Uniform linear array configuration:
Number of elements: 12
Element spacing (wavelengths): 0.5
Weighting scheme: cosine
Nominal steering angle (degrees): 60
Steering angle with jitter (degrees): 59.692
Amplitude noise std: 0.05
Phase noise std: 0.05

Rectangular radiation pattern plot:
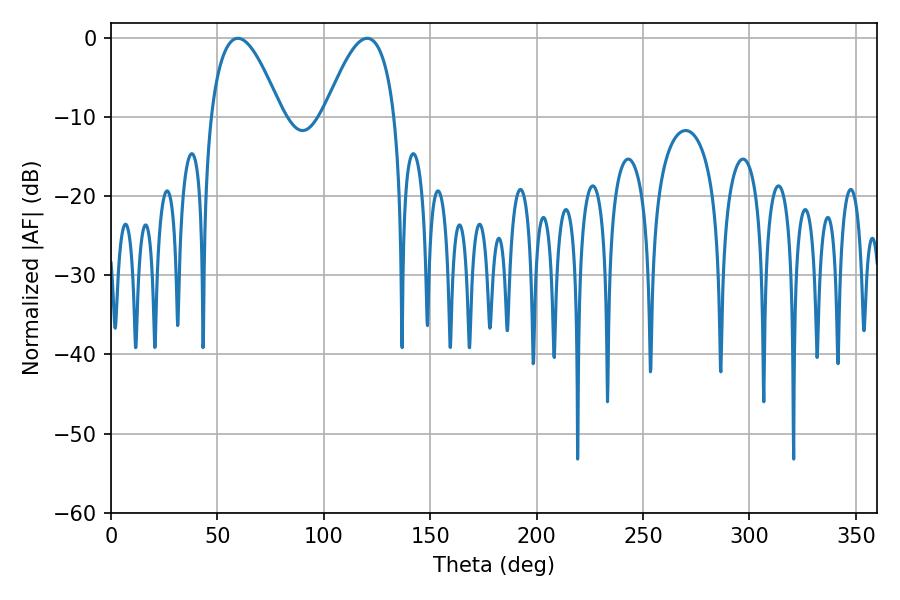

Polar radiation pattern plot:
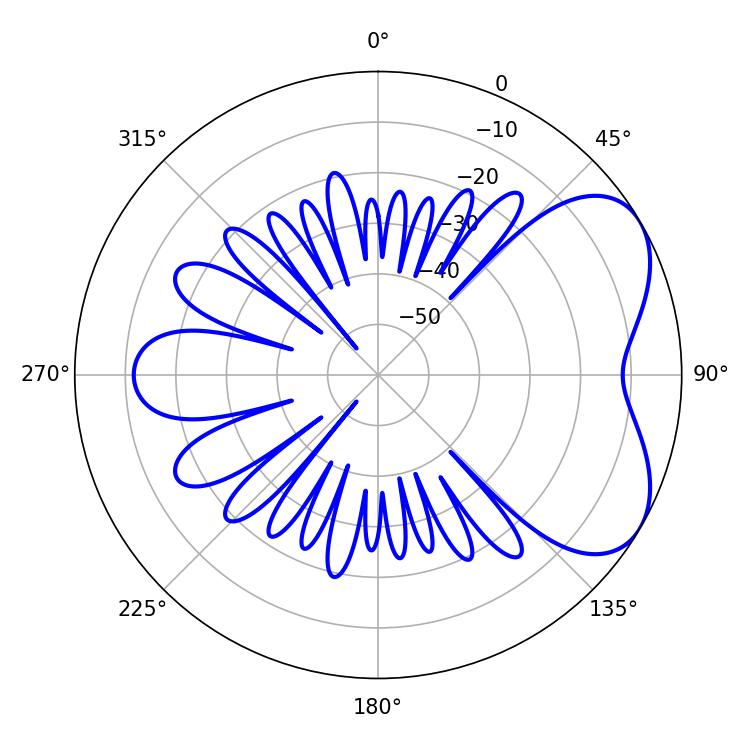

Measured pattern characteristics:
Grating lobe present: FALSE
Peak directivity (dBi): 5.331
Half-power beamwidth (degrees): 18.18
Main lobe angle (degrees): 59.58